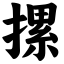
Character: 摞